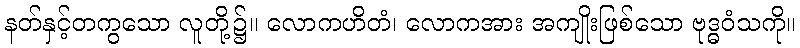
နတ်နှင့်တကွသော လူတို့၌။ လောကဟိတံ၊ လောကအား အကျိုးဖြစ်သော ဗုဒ္ဓဝံသကို။